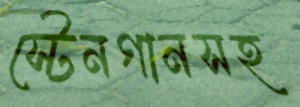
স্টেনগানসহ